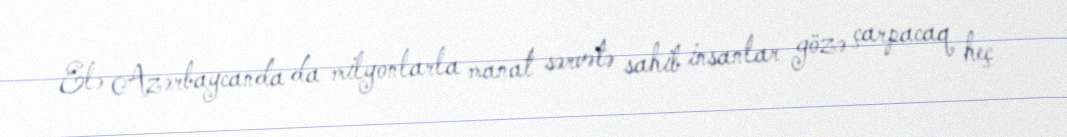
Elə Azərbaycanda da milyonlarla manat sərvətə sahib insanlar gözə çarpacaq heç